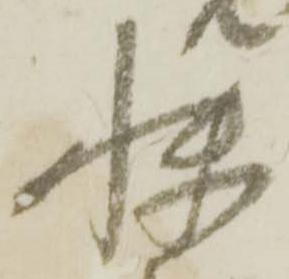
快